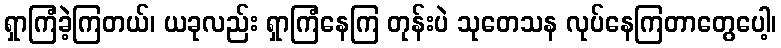
ရှာကြံခဲ့ကြတယ်၊ ယခုလည်း ရှာကြံနေကြ တုန်းပဲ သုတေသန လုပ်နေကြတာတွေပေါ့၊